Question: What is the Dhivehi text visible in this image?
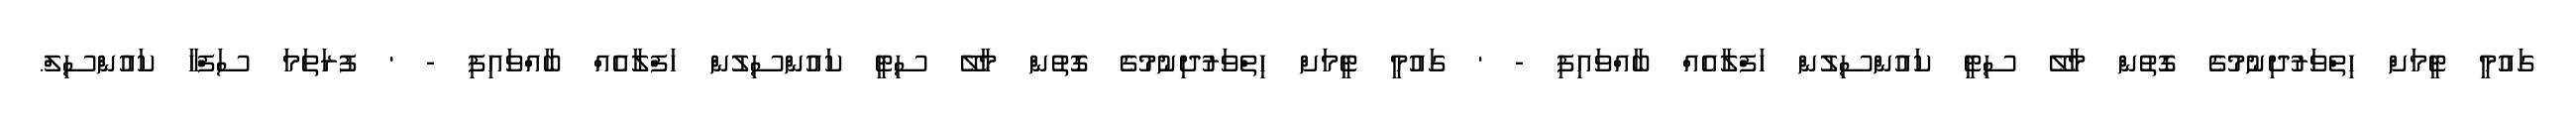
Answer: ގައުމީ ޓީމަށް ހިތްވަރުދިނުމުގެ ގޮތުން މާލޭ ސިޓީ ކައުންސިލުން ހަފްލާއެއް ބާއްވައިފި - ' ގައުމީ ޓީމަށް ހިތްވަރުދިނުމުގެ ގޮތުން މާލޭ ސިޓީ ކައުންސިލުން ހަފްލާއެއް ބާއްވައިފި - ' ފުރަތަމަ ސަފްހާ ކައުންސިލް.